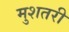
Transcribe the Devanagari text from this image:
मुशतरी